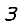
Digit: 3